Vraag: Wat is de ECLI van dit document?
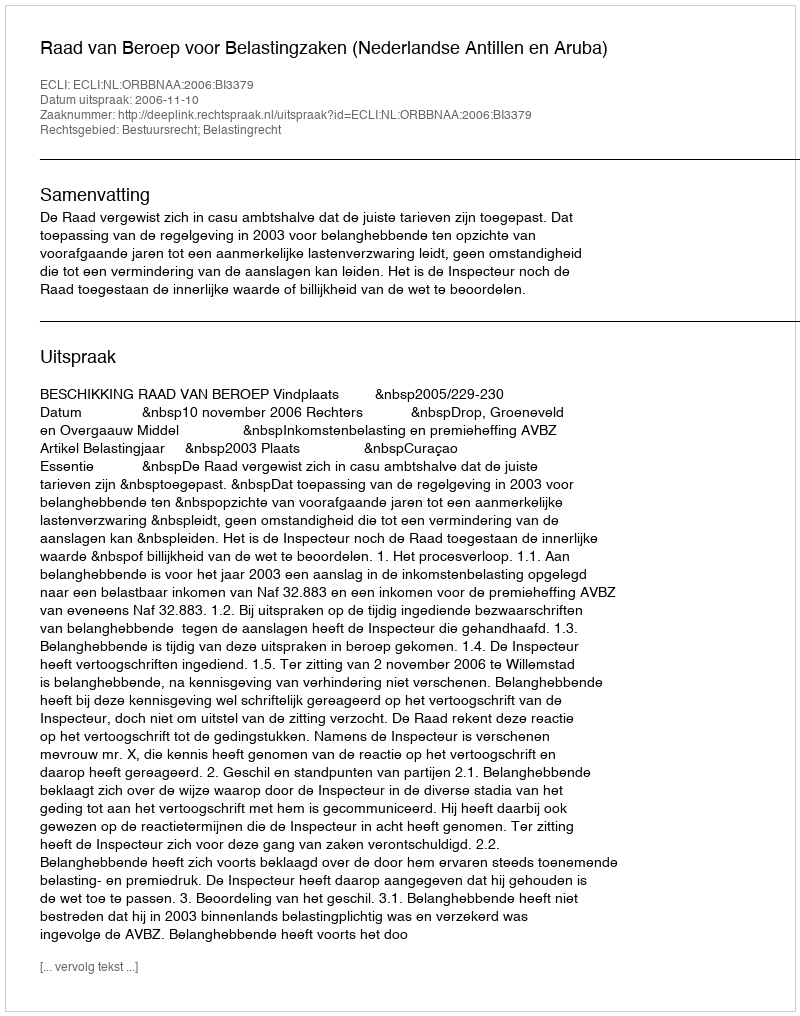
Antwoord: ECLI:NL:ORBBNAA:2006:BI3379